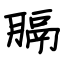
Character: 膈